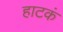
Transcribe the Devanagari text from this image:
हाटकं